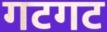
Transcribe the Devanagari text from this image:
गटगट